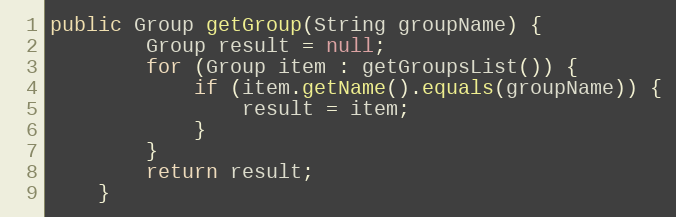
Language: Java
public Group getGroup(String groupName) {
        Group result = null;
        for (Group item : getGroupsList()) {
            if (item.getName().equals(groupName)) {
                result = item;
            }
        }
        return result;
    }